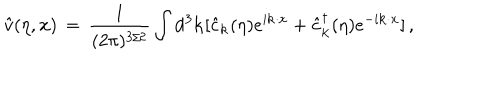
{ \hat { v } } ( \eta , { \bf x } ) \, = \, \frac { 1 } { ( 2 \pi ) ^ { 3 / 2 } } \int \mathrm { d } ^ { 3 } { \bf k } [ { \hat { c } } _ { \bf k } ( \eta ) e ^ { i { \bf k } \cdot { \bf x } } + { \hat { c } } _ { \bf k } ^ { \dagger } ( \eta ) e ^ { - i { \bf k } \cdot { \bf x } } ] \, ,